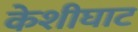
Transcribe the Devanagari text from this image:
केशीघाट